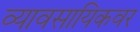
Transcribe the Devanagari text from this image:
व्यावसायिकवर